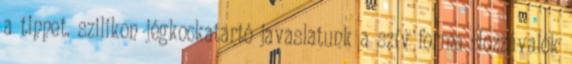
a tippet. szilikon jégkockatartó javaslatunk a szív forma Hozzávalók